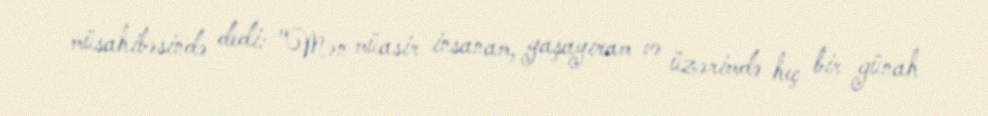
müsahibəsində dedi: "Mən müasir insanam, yaşayıram və üzərimdə heç bir günah